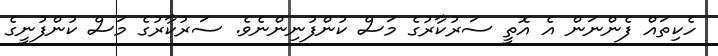
ހެކިތައް ފެންނަން އެ އޮތީ ސަރުކާރުގެ މަސް ކުންފުނިންނެވެ. ސަރުކާރުގެ މަސް ކުންފުނީގެ